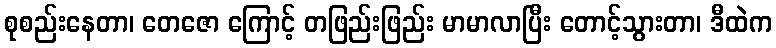
စုစည်းနေတာ၊ တေဇော ကြောင့် တဖြည်းဖြည်း မာမာလာပြီး တောင့်သွားတာ၊ ဒီထဲက